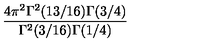
{ \frac { 4 \pi ^ { 2 } \Gamma ^ { 2 } ( 1 3 / 1 6 ) \Gamma ( 3 / 4 ) } { \Gamma ^ { 2 } ( 3 / 1 6 ) \Gamma ( 1 / 4 ) } }